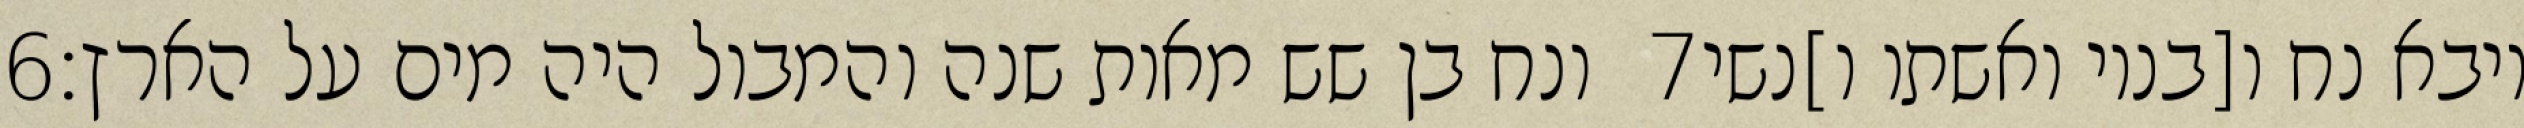
‎6‏ ונח בן שש מאות שנה והמבול היה מים על הארץ׃ ‎7‏ ויבא נח ו[בניו ואשתו ו]נשי